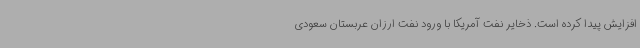
افزایش پیدا کرده است. ذخایر نفت آمریکا با ورود نفت ارزان عربستان سعودی